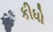
કીધો